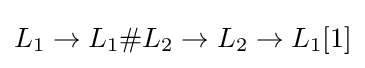
L_{1}\to L_{1}\#L_{2}\to L_{2}\to L_{1}[1]